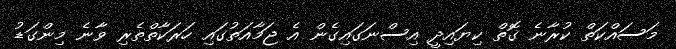
މަސައްކަތް ކުރާނެ ގޮތް ކިޔައިދީ އިސްނަގައިގެން އެ ޖަމާއަތުގައި ހަރަކާތްތެރި ވާނެ މިންގަޑު